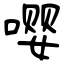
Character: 嘤